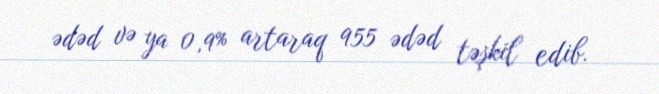
ədəd və ya 0,9% artaraq 955 ədəd təşkil edib.